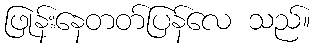
ဖြုန်းနေတတ်ပြန်လေ သည်။